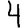
Digit: 4